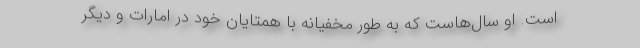
است. او سال‌هاست که به طور مخفیانه با همتایان خود در امارات و دیگر